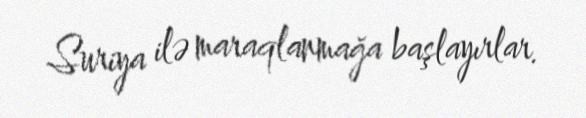
Suriya ilə maraqlanmağa başlayırlar.